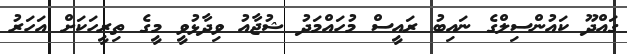
ގައްދޫ ކައުންސިލްގެ ނައިބު ރައީސް މުހައްމަދު ޝުޖާއު ވިދާޅުވީ މީގެ ތިރީހަކަށް އަހަރު